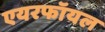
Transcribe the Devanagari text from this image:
एयरफॉयल